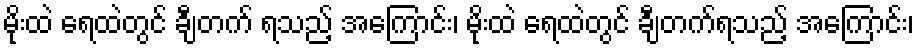
မိုးထဲ ရေထဲတွင် ချီတက် ရသည့် အကြောင်း၊ မိုးထဲ ရေထဲတွင် ချီတက်ရသည့် အကြောင်း၊